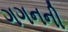
ગગનની